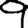
Digit: 9